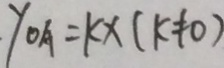
y _ { O A } = k x ( k \neq 0 )